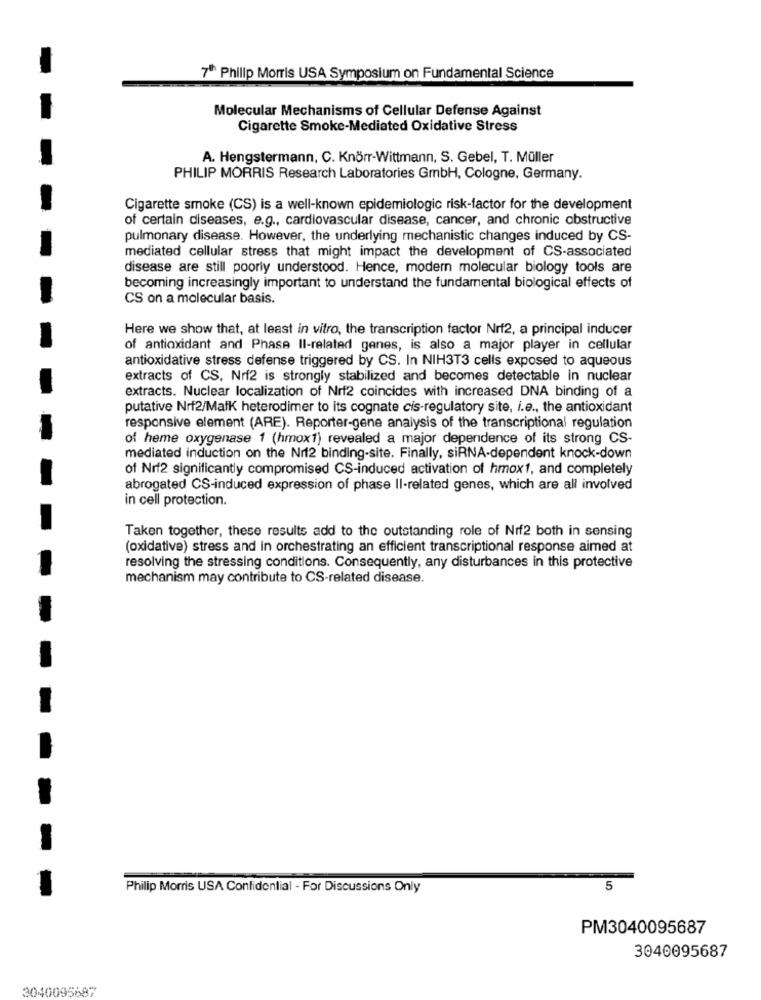
7" Philip Morris USA Symposium on Fundamental Science
Molecular Mechanisms of Cellular Defense Against
Cigarette Smoke-Mediated Oxidative Stress
A. Hengstermann, C. Knörr-Wittmann, S. Gebel, T. Müller
PHILIP MORRIS Research Laboratories GmbH, Cologne, Germany.
Cigarette smoke (CS) is a well-known epidemiologic risk-factor for the development
of certain diseases, e.g ., cardiovascular disease, cancer, and chronic obstructive
pulmonary disease. However, the underlying mechanistic changes induced by CS-
mediated cellular stress that might impact the development of CS-associated
disease are still poorly understood. Hence, modern molecular biology tools are
becoming increasingly important to understand the fundamental biological effects of
CS on a molecular basis.
Here we show that, at least in vitro, the transcription factor Nrf2, a principal inducer
of antioxidant and Phase II-related genes, is also a major player in cellular
antioxidative stress defense triggered by CS. In NIH3T3 cells exposed to aqueous
extracts of CS, Nrf2 is strongly stabilized and becomes detectable in nuclear
extracts. Nuclear localization of Nrf2 coincides with increased DNA binding of a
putative Nrf2/Mafk heterodimer to its cognate cis-regulatory site, i.e ., the antioxidant
responsive element (ARE). Reporter-gene analysis of the transcriptional regulation
of heme oxygenase 1 (hmox1) revealed a major dependence of its strong CS-
mediated induction on the Nrf2 binding-site. Finally, siRNA-dependent knock-down
of Nrf2 significantly compromised CS-induced activation of hmox1, and completely
abrogated CS-induced expression of phase II-related genes, which are all involved
in cell protection.
Taken together, these results add to the outstanding role of Nrf2 both in sensing
(oxidative) stress and in orchestrating an efficient transcriptional response aimed at
resolving the stressing conditions. Consequently, any disturbances in this protective
mechanism may contribute to CS-related disease.
-
Philip Morris USA Confidential - For Discussions Only
5
PM3040095687
3040095687
3040095687